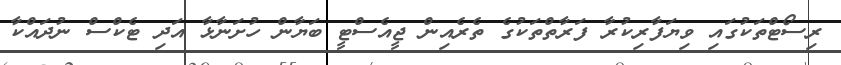
ރިސޯޓްތަކުގައި ވިޔަފާރިކުރާ ފަރާތްތަކުގެ ތެރެއިން ޖީއެސްޓީ ބަޔާން ހުށަނާޅާ އަދި ޓެކްސް ނުދައްކާ